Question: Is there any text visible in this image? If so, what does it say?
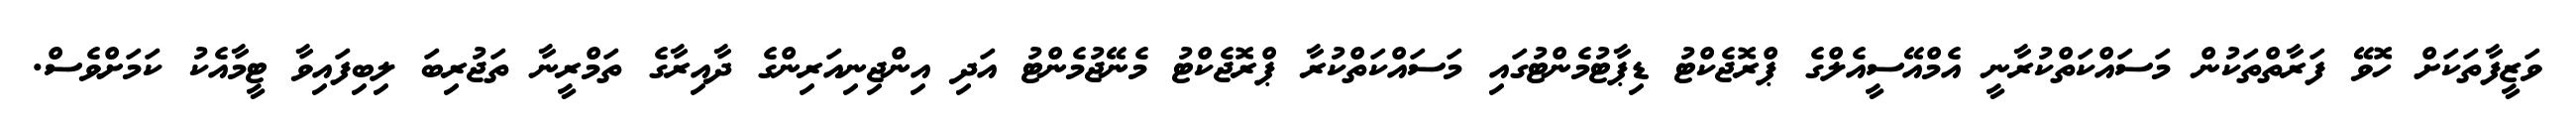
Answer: ވަޒީފާތަކަށް ހޮވޭ ފަރާތްތަކުން މަސައްކަތްކުރާނީ އެމްއޭސީއެލްގެ ޕްރޮޖެކްޓު ޑިޕާޓުމެންޓުގައި މަސައްކަތްކުރާ ޕްރޮޖެކްޓު މެނޭޖުމެންޓު އަދި އިންޖިނިއަރިންގެ ދާއިރާގެ ތަމްރީނާ ތަޖުރިބަ ލިބިފައިވާ ޓީމާއެކު ކަމަށްވެސް.